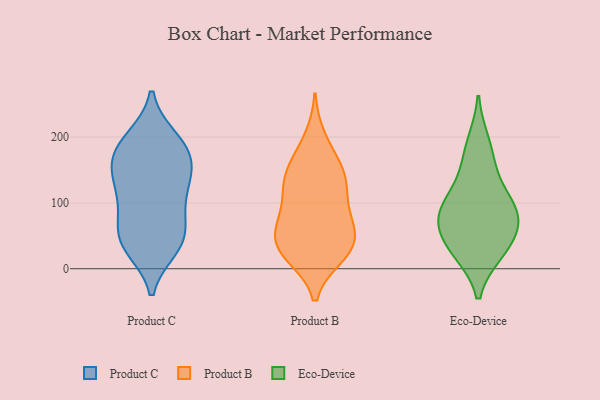
{"axis": {"x": "Bounce Rate (%)", "y": "Value"}, "legend": ["Eco-Device", "Product B", "Product C"], "data": [{"x": "", "y": 85, "type": "Product C"}, {"x": "", "y": 148, "type": "Product C"}, {"x": "", "y": 108, "type": "Product C"}, {"x": "", "y": 39, "type": "Product C"}, {"x": "", "y": 66, "type": "Product C"}, {"x": "", "y": 197, "type": "Product C"}, {"x": "", "y": 120, "type": "Product C"}, {"x": "", "y": 37, "type": "Product C"}, {"x": "", "y": 164, "type": "Product C"}, {"x": "", "y": 174, "type": "Product C"}, {"x": "", "y": 36, "type": "Product C"}, {"x": "", "y": 198, "type": "Product C"}, {"x": "", "y": 62, "type": "Product C"}, {"x": "", "y": 31, "type": "Product C"}, {"x": "", "y": 146, "type": "Product C"}, {"x": "", "y": 190, "type": "Product C"}, {"x": "", "y": 120, "type": "Product C"}, {"x": "", "y": 162, "type": "Product C"}, {"x": "", "y": 89, "type": "Product B"}, {"x": "", "y": 78, "type": "Product B"}, {"x": "", "y": 169, "type": "Product B"}, {"x": "", "y": 134, "type": "Product B"}, {"x": "", "y": 19, "type": "Product B"}, {"x": "", "y": 26, "type": "Product B"}, {"x": "", "y": 129, "type": "Product B"}, {"x": "", "y": 89, "type": "Product B"}, {"x": "", "y": 56, "type": "Product B"}, {"x": "", "y": 199, "type": "Product B"}, {"x": "", "y": 52, "type": "Product B"}, {"x": "", "y": 157, "type": "Product B"}, {"x": "", "y": 48, "type": "Product B"}, {"x": "", "y": 134, "type": "Product B"}, {"x": "", "y": 22, "type": "Product B"}, {"x": "", "y": 48, "type": "Product B"}, {"x": "", "y": 22, "type": "Product B"}, {"x": "", "y": 130, "type": "Product B"}, {"x": "", "y": 76, "type": "Eco-Device"}, {"x": "", "y": 161, "type": "Eco-Device"}, {"x": "", "y": 28, "type": "Eco-Device"}, {"x": "", "y": 123, "type": "Eco-Device"}, {"x": "", "y": 34, "type": "Eco-Device"}, {"x": "", "y": 77, "type": "Eco-Device"}, {"x": "", "y": 80, "type": "Eco-Device"}, {"x": "", "y": 25, "type": "Eco-Device"}, {"x": "", "y": 103, "type": "Eco-Device"}, {"x": "", "y": 192, "type": "Eco-Device"}, {"x": "", "y": 73, "type": "Eco-Device"}]}